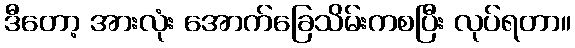
ဒီတော့ အားလုံး အောက်ခြေသိမ်းကစပြီး လုပ်ရတာ။